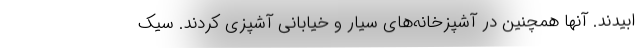
ابیدند. آنها همچنین در آشپزخانه‌های سیار و خیابانی آشپزی کردند. سیک